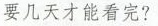
要几天才能看完？